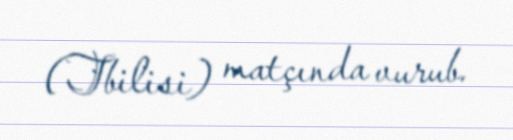
(Tbilisi) matçında vurub.